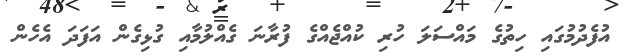
އުފެދުމުގައި ހިތުގެ މައްސަލަ ހުރި ކުއްޖެއްގެ ފުރާނަ ގެއްލުމާއި ގުޅިގެން އަފަދަ އެހެން